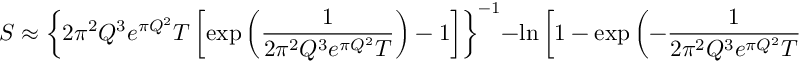
S \approx \left\{ 2 \pi ^ { 2 } Q ^ { 3 } e ^ { \pi Q ^ { 2 } } T \left[ \exp { \left( { \frac { 1 } { 2 \pi ^ { 2 } Q ^ { 3 } e ^ { \pi Q ^ { 2 } } T } } \right) } - 1 \right] \right\} ^ { - 1 } - \ln { \left[ 1 - \exp { \left( - { \frac { 1 } { 2 \pi ^ { 2 } Q ^ { 3 } e ^ { \pi Q ^ { 2 } } T } } \right) } \right] } .